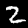
Label: 2